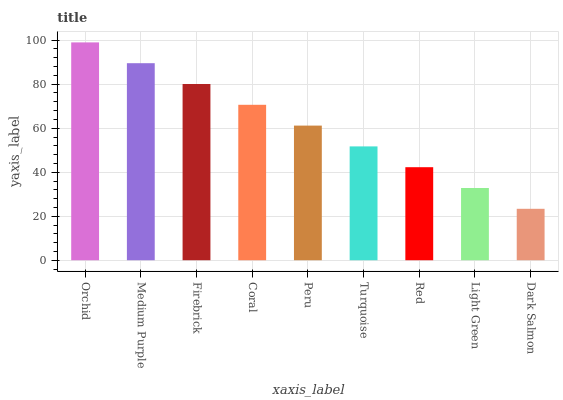
| xaxis_label | bars |
 | --- | --- |
 | Orchid | 99 |
 | Medium Purple | 89.5 |
 | Firebrick | 80.1 |
 | Coral | 70.6 |
 | Peru | 61.2 |
 | Turquoise | 51.7 |
 | Red | 42.3 |
 | Light Green | 32.8 |
 | Dark Salmon | 23.4 |